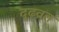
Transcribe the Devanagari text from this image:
दृढ़व्रत